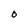
Character: O